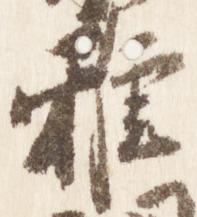
雅